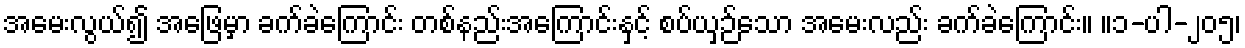
အမေးလွယ်၍ အဖြေမှာ ခက်ခဲကြောင်း တစ်နည်းအကြောင်းနှင့် စပ်ယှဉ်သော အမေးလည်း ခက်ခဲကြောင်း။ ။၁-ပါ-၂၀၅၊